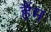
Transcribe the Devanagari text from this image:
हैंम